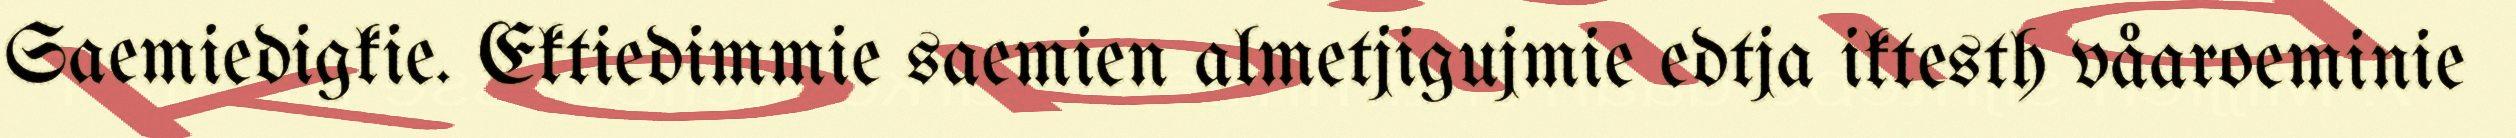
Saemiedigkie. Ektiedimmie saemien almetjigujmie edtja iktesth våaroeminie